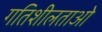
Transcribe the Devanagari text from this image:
गतिशीलताओ